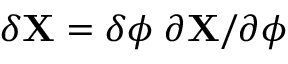
\delta { \bf X } = \delta \phi \; \partial { \bf X } / \partial \phi